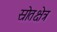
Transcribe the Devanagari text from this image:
स्रोतक्षेत्र